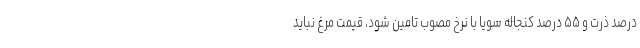
درصد ذرت و ۵۵ درصد کنجاله سویا با نرخ مصوب تامین شود، قیمت مرغ نباید